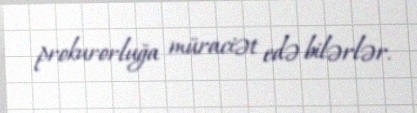
prokurorluğa müraciət edə bilərlər.